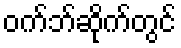
ဝက်ဘ်ဆိုက်တွင်